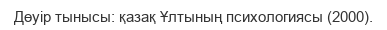
Дөуір тынысы: қазақ Ұлтының психологиясы (2000).